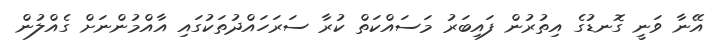
އޭނާ ވަނީ ގޮނޑުގެ އިތުރުން ފައިބަރު މަސައްކަތް ކުރާ ސަރަހައްދުތަކުގައި އާއްމުންނަށް ގެއްލުން